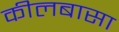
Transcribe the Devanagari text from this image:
कीलबासा